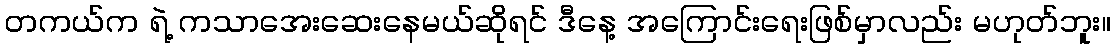
တကယ်က ရဲ့ ကသာအေးဆေးနေမယ်ဆိုရင် ဒီနေ့ အကြောင်းရေးဖြစ်မှာလည်း မဟုတ်ဘူး။